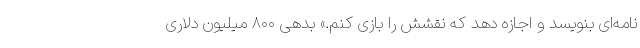
نامه‌ای بنویسد و اجازه دهد که نقشش را بازی کنم.» بدهی ۸۰۰ میلیون دلاری